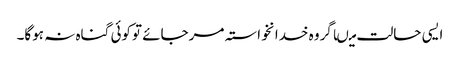
ایسی حالت میںاگروہ خدانخواستہ مرجائے توکوئی گناہ نہ ہوگا۔